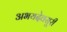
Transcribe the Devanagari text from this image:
अभयदेवसूरी